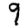
Digit: 9